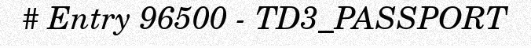
# Entry 96500 - TD3_PASSPORT